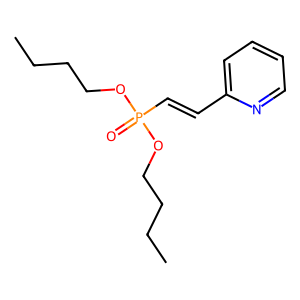
SMILES: CCCCOP(=O)(C=Cc1ccccn1)OCCCC
Inhibits HIV replication: No